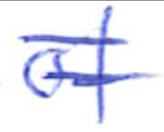
Text: of
Cross-out: mix
Writing tool: ballpoint